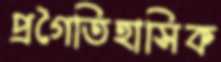
প্রগৈতিহাসিক